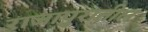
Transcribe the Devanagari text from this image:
राजापुरातील